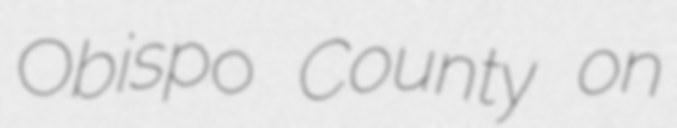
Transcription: Obispo County on